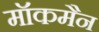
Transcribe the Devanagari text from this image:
मॉकमैन